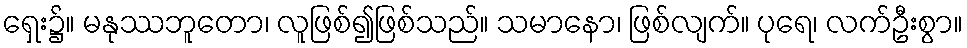
ရှေး၌။ မနုဿဘူတော၊ လူဖြစ်၍ဖြစ်သည်။ သမာနော၊ ဖြစ်လျက်။ ပုရေ၊ လက်ဦးစွာ။